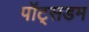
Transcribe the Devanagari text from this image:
पॉट्सडम